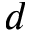
d